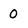
Character: 0